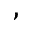
,